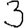
Digit: 3